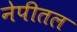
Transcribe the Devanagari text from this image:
नेपीतल